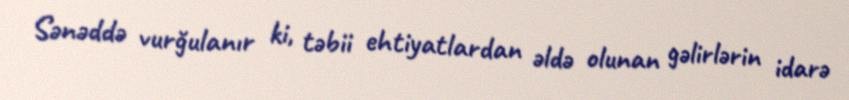
Sənəddə vurğulanır ki, təbii ehtiyatlardan əldə olunan gəlirlərin idarə